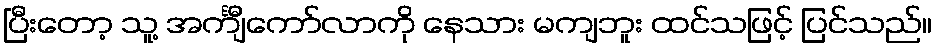
ပြီးတော့ သူ့ အင်္ကျီကော်လာကို နေသား မကျဘူး ထင်သဖြင့် ပြင်သည်။